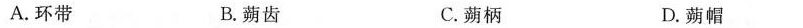
A.环带 B.蒴齿 C.蒴柄 D.蒴帽